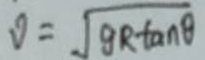
v = \sqrt { g R \tan \theta }